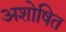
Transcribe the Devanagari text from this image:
अशोषित